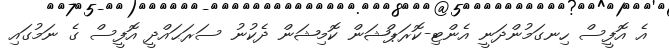
އެ އޮފީސް ހިނގަމުންދަނީ އެންޓި-ކޮރަޕްޝަން ކޮމިޝަން ދެކުނު ސަރަޙައްދީ އޮފީސް ގެ ނަމުގައި